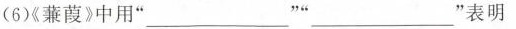
(6)《蒹葭》中用”___””___”表明